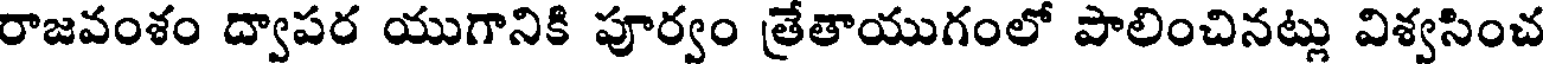
రాజవంశం ద్వాపర యుగానికి పూర్వం త్రేతాయుగంలో పాలించినట్లు విశ్వసించ